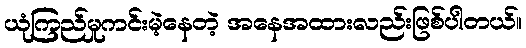
ယုံကြည်မှုကင်းမဲ့နေတဲ့ အနေအထားလည်းဖြစ်ပါတယ်။